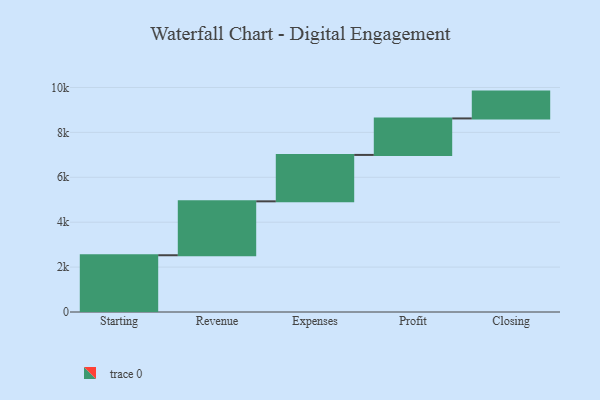
{"axis": {"x": "Step", "y": "Value"}, "legend": [""], "data": [{"x": "Starting", "y": 2528.0, "type": ""}, {"x": "Revenue", "y": 2401.0, "type": ""}, {"x": "Expenses", "y": 2067.0, "type": ""}, {"x": "Profit", "y": 1625.0, "type": ""}, {"x": "Closing", "y": 1195.0, "type": ""}]}